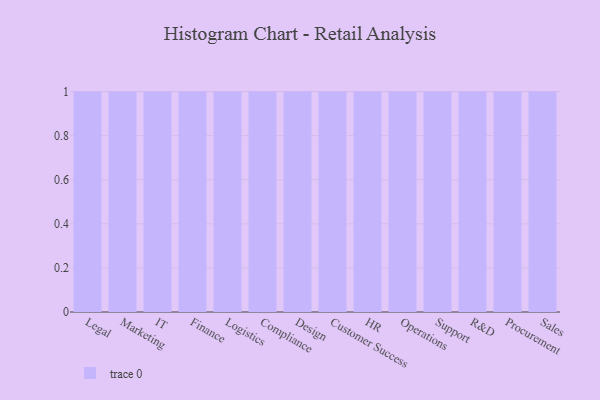
{"axis": {"x": "Department", "y": "Latency (ms)"}, "legend": [""], "data": [{"x": "Legal", "y": 86, "type": ""}, {"x": "Marketing", "y": 21, "type": ""}, {"x": "IT", "y": 23, "type": ""}, {"x": "Finance", "y": 49, "type": ""}, {"x": "Logistics", "y": 6, "type": ""}, {"x": "Compliance", "y": 77, "type": ""}, {"x": "Design", "y": 54, "type": ""}, {"x": "Customer Success", "y": 91, "type": ""}, {"x": "HR", "y": 54, "type": ""}, {"x": "Operations", "y": 41, "type": ""}, {"x": "Support", "y": 58, "type": ""}, {"x": "R&D", "y": 35, "type": ""}, {"x": "Procurement", "y": 48, "type": ""}, {"x": "Sales", "y": 21, "type": ""}]}